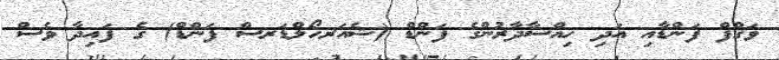
ވަޤްފް ފަންޑާއި އަދި ހިއްސާދާރުންގެ ފަންޑް (ޝެއަރހޯލްޑަރސް ފަންޑް) ގެ ފައިދާ ވެސް